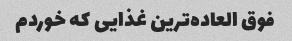
فوق العاده‌ترین غذایی که خوردم